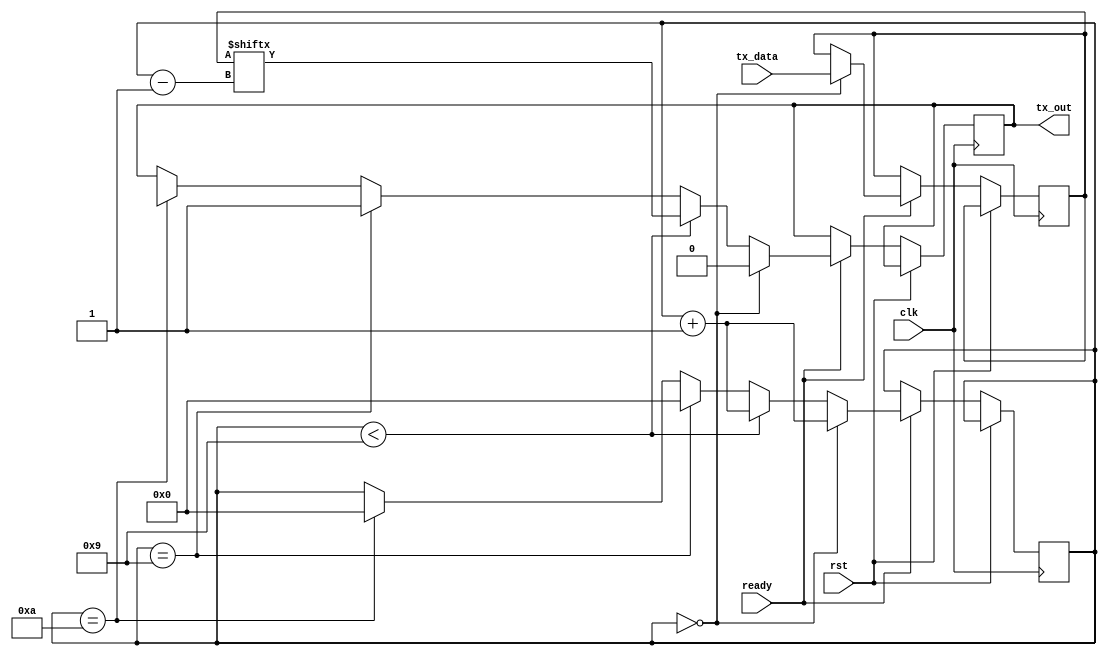
module sender_uart (
	input wire clk,
	input wire rst,
	input wire [7:0] tx_data,
	input wire ready,
	output reg tx_out
);

  reg [7:0] data_reg;
  reg [3:0] bit_count = 0;
  
always @(posedge clk or posedge rst)
	if (!rst) begin
		if (ready) begin
			if (bit_count == 0) begin
				data_reg <= tx_data;
				tx_out <= 1'b0;
				bit_count <= bit_count + 1;
			end else if (bit_count < 9) begin
				tx_out <= data_reg[bit_count - 1];
				bit_count <= bit_count + 1;
			end else if (bit_count == 9) begin
				tx_out <= 1'b1;
				bit_count <= 0;
			end else if (bit_count == 10) begin
				tx_out <= 1'bX; 
				bit_count <= 0;
			end
		end
	end
							
endmodule